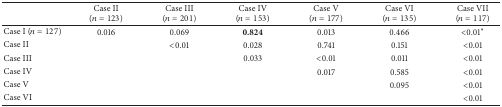
<table><thead><tr><td><b> </b></td><td><b>Case II(<i>n</i> = 123)</b></td><td><b>Case III(<i>n</i> = 201)</b></td><td><b>Case IV(<i>n</i> = 153)</b></td><td><b>Case V(<i>n</i> = 177)</b></td><td><b>Case VI(<i>n</i> = 135)</b></td><td><b>Case VII(<i>n</i> = 117)</b></td></tr></thead><tbody><tr><td>Case I (<i>n</i> = 127)</td><td>0.016</td><td>0.069</td><td><b>0.824</b></td><td>0.013</td><td>0.466</td><td>&lt;0.01<sup><i>∗</i></sup></td></tr><tr><td>Case II</td><td> </td><td>&lt;0.01</td><td>0.028</td><td>0.741</td><td>0.151</td><td>&lt;0.01 </td></tr><tr><td>Case III</td><td> </td><td> </td><td>0.033</td><td>&lt;0.01</td><td>0.011</td><td>&lt;0.01 </td></tr><tr><td>Case IV</td><td> </td><td> </td><td> </td><td>0.017</td><td>0.585</td><td>&lt;0.01</td></tr><tr><td>Case V</td><td> </td><td> </td><td> </td><td> </td><td>0.095</td><td>&lt;0.01</td></tr><tr><td>Case VI</td><td> </td><td> </td><td> </td><td> </td><td> </td><td>&lt;0.01</td></tr></tbody></table>